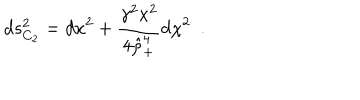
d s _ { C _ { 2 } } ^ { 2 } = d x ^ { 2 } + { \frac { \gamma ^ { 2 } x ^ { 2 } } { 4 \hat { \rho } _ { + } ^ { 4 } } } d \chi ^ { 2 } ~ ~ .